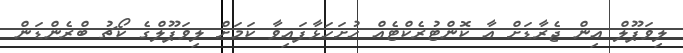
ލިވަޕޫލް އިން ޖެރާޑަށް އާ ކޮންޓުރެކްޓެއް ހުށަހަޅާފައިވާ ކަމަށް ލިވަޕޫލްގެ ކޯޗު ބްރެންޑަން